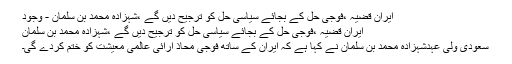
ایران قضیہ ،فوجی حل کے بجائے سیاسی حل کو ترجیح دیں گے ،شہزادہ محمد بن سلمان - وجود
ایران قضیہ ،فوجی حل کے بجائے سیاسی حل کو ترجیح دیں گے ،شہزادہ محمد بن سلمان
سعودی ولی عہدشہزادہ محمد بن سلمان نے کہا ہے کہ ایران کے ساتھ فوجی محاذ آرائی عالمی معیشت کو ختم کردے گی۔